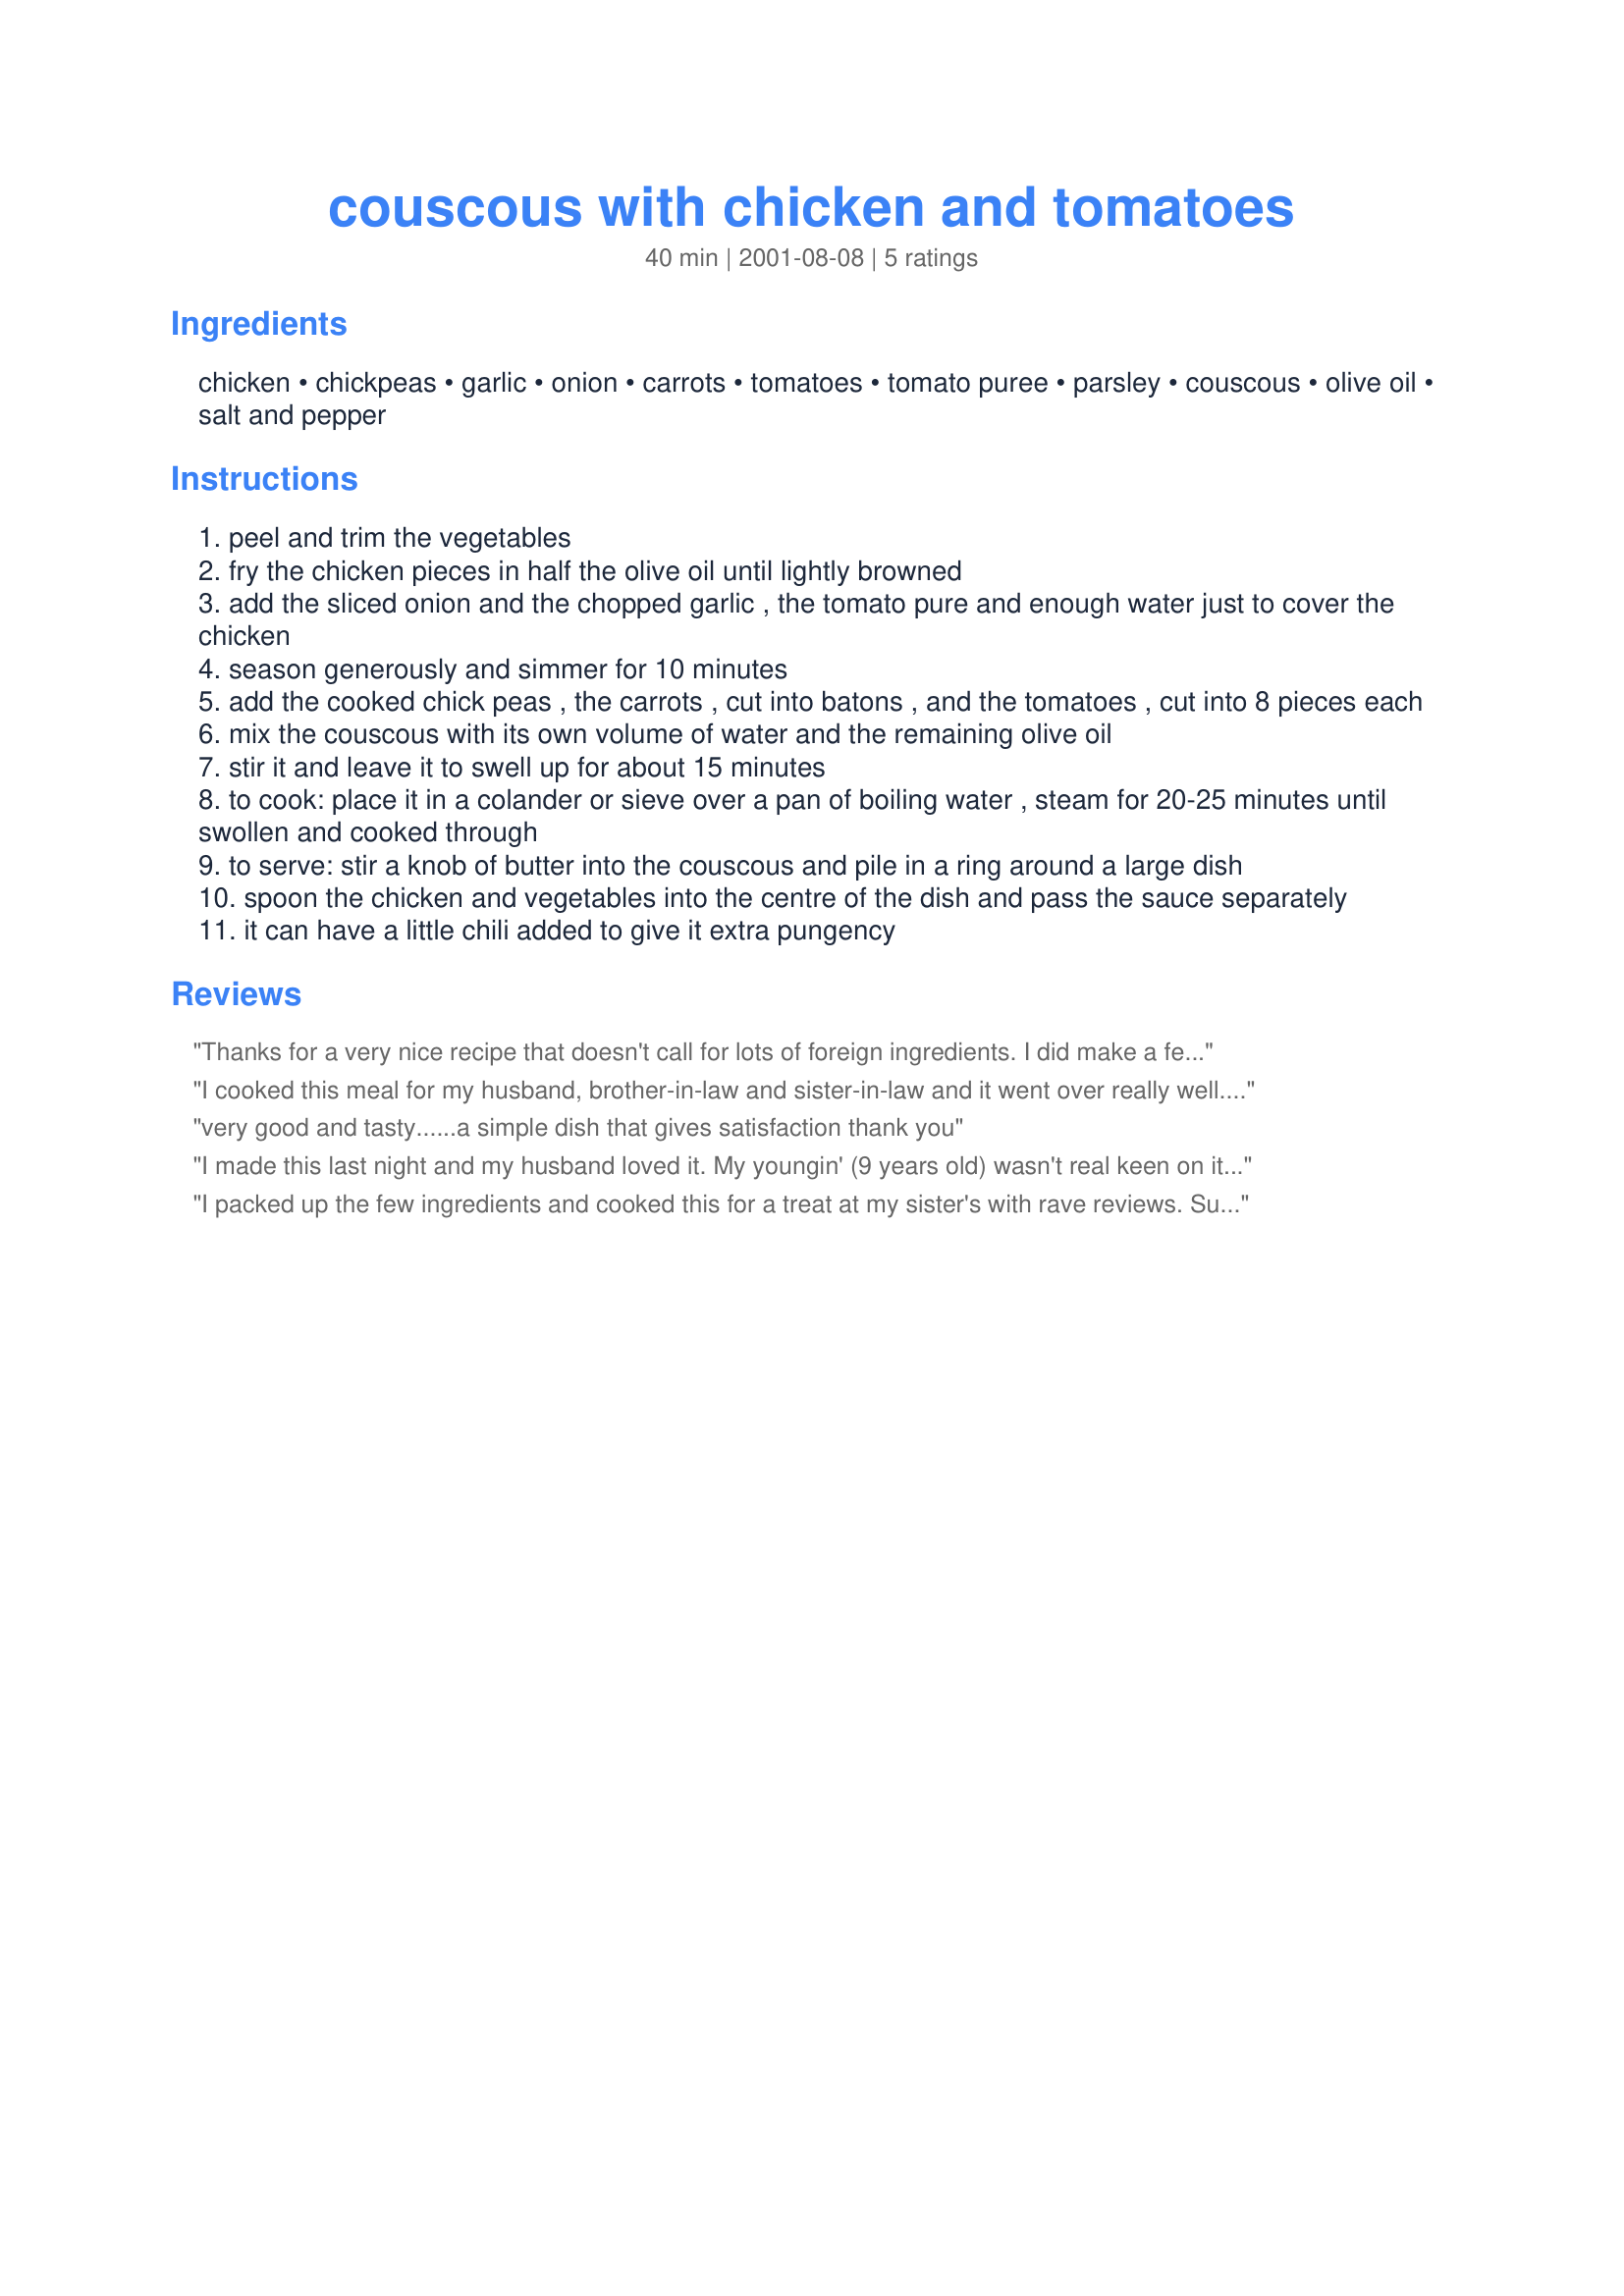
couscous with chicken and tomatoes
Preparation time: 40 minutes

Ingredients:
chicken, chickpeas, garlic, onion, carrots, tomatoes, tomato puree, parsley, couscous, olive oil, salt and pepper

Steps:
peel and trim the vegetables
fry the chicken pieces in half the olive oil until lightly browned
add the sliced onion and the chopped garlic , the tomato pure and enough water just to cover the chicken
season generously and simmer for 10 minutes
add the cooked chick peas , the carrots , cut into batons , and the tomatoes , cut into 8 pieces each
mix the couscous with its own volume of water and the remaining olive oil
stir it and leave it to swell up for about 15 minutes
to cook: place it in a colander or sieve over a pan of boiling water , steam for 20-25 minutes until swollen and cooked through
to serve: stir a knob of butter into the couscous and pile in a ring around a large dish
spoon the chicken and vegetables into the centre of the dish and pass the sauce separately
it can have a little chili added to give it extra pungency

Reviews:
Thanks for a very nice recipe that doesn't call for lots of foreign ingredients. I did make a few modifications. I cooked the chicken separately in my pressure cooker then broke into chunks using the liquid as part of the base for the stew. I made the couscous in the stew sans the chicken (was slightly confused by the couscous cooking instructions)and then added the chicken pieces back into the dish just before serving. I also substituted sofrito for the tomato puree.
I cooked this meal for my husband, brother-in-law and sister-in-law and it went over really well. My sister-in-law is going to start getting some of the recipes because of serving them this one dish.
very good and tasty......a simple dish that gives satisfaction
thank you
I made this last night and my husband loved it. My youngin' (9 years old) wasn't real keen on it, but this really isn't a "kid" recipe. I found the directions confusing, they need to be clarified. The recipe didn't state how long to cook for after adding the tomatoes, carrots, chick peas, etc. I simmered for about 30 minutes more after adding those items until dish was at the consistency I wanted. All in all it was a good dish (not amazing but good). The directions just need repairing--might be confusing for someone who can't or doesn't like to adlib with recipes.
I packed up the few ingredients and cooked this for a treat at my sister's with rave reviews. Substituted boneless, skinless breasts for the chicken and a full can of puree for the tomatoes since some of the kids didn't care for cooked tomatoes. It was great for a cold winter evening.
